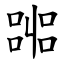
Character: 嘂